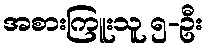
အစားကြူးသူ ၅-ဦး